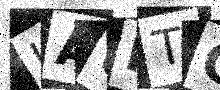
Text: IAUHTC